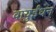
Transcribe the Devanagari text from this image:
वायुईंधन